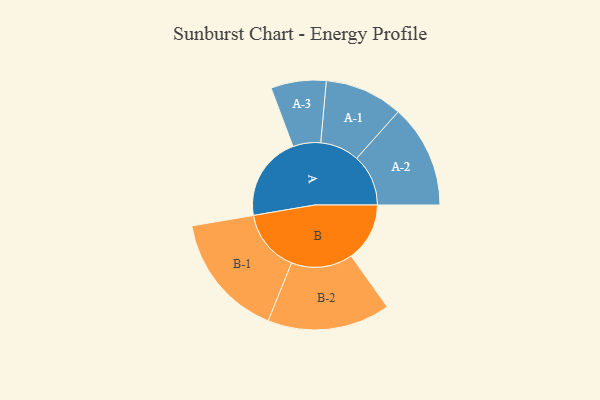
{"axis": {"x": "Segment", "y": "Value"}, "legend": ["", "A", "B"], "data": [{"x": "A", "y": 398, "type": ""}, {"x": "B", "y": 275, "type": ""}, {"x": "A-1", "y": 184, "type": "A"}, {"x": "A-2", "y": 243, "type": "A"}, {"x": "A-3", "y": 130, "type": "A"}, {"x": "B-1", "y": 294, "type": "B"}, {"x": "B-2", "y": 289, "type": "B"}]}